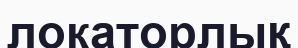
локаторлық